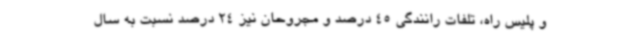
و پلیس راه، تلفات رانندگی 45 درصد و مجروحان نیز 24 درصد نسبت به سال